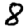
Digit: 8